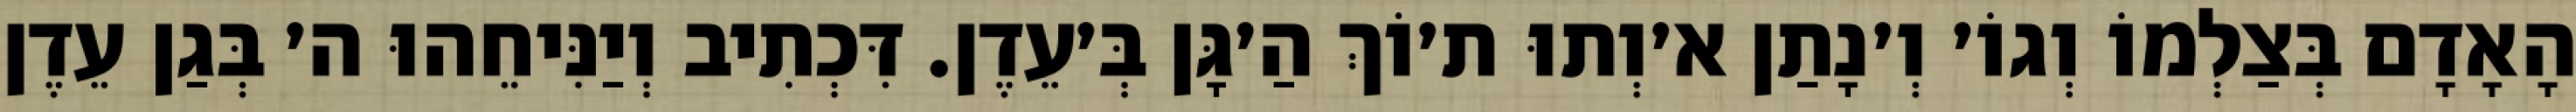
הָאָדָם בְּצַלְמוֹ וְגוֹ׳ וְ׳נָתַן א׳וְתוּ ת׳וֹךְ הַ׳גָּן בְּ׳עֵדֶן. דִּכְתִיב וְיַנִּיחֵהוּ ה׳ בְּגַן עֵדֶן